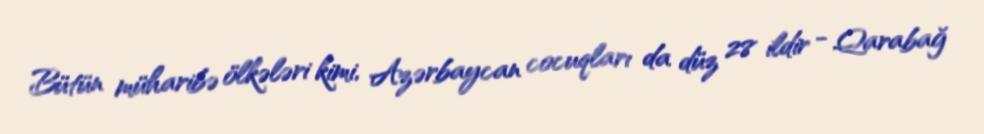
Bütün müharibə ölkələri kimi, Azərbaycan cocuqları da düz 28 ildir - Qarabağ